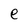
Character: e